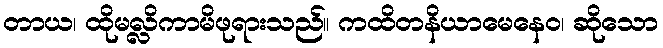
တာယ၊ ထိုမလ္လိကာမိဖုရားသည်။ ကထိတနိယာမေနေဝ၊ ဆိုသော